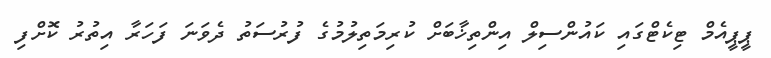
ޕީޕީއެމް ޓިކެޓްގައި ކައުންސިލް އިންތިޚާބަށް ކުރިމަތިލުމުގެ ފުރުސަތު ދެވަނަ ފަހަރާ އިތުރު ކޮށްފި